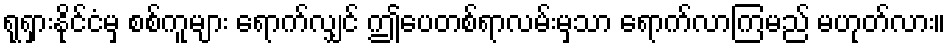
ရုရှားနိုင်ငံမှ စစ်ကူများ ရောက်လျှင် ဤပေတစ်ရာလမ်းမှသာ ရောက်လာကြမည် မဟုတ်လား။